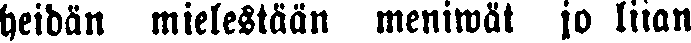
heidän mielestään meniwät jo liian